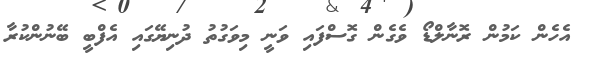
އެހެން ކަމުން ރޮނާލްޑޯ ވެގެން ގޮސްފައި ވަނީ މިވަގުތު ދުނިޔޭގައި އެފްބީ ބޭނުންކުރާ